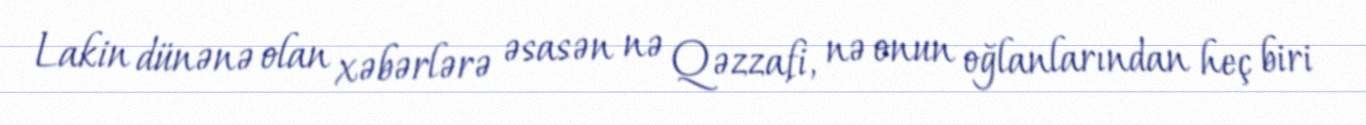
Lakin dünənə olan xəbərlərə əsasən nə Qəzzafi, nə onun oğlanlarından heç biri